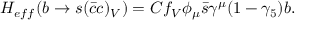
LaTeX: H _ { e f f } ( b \rightarrow s ( \bar { c } c ) _ { V } ) = C f _ { V } \phi _ { \mu } \bar { s } \gamma ^ { \mu } ( 1 - \gamma _ { 5 } ) b .